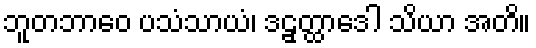
ဘူတဘာဝေ ပသံသာယံ၊ ဒဠှတ္ထာဒေါ သိယာ အတိ။